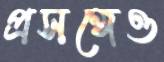
প্রসঙ্গেও